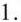
1.